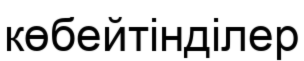
көбейтінділер